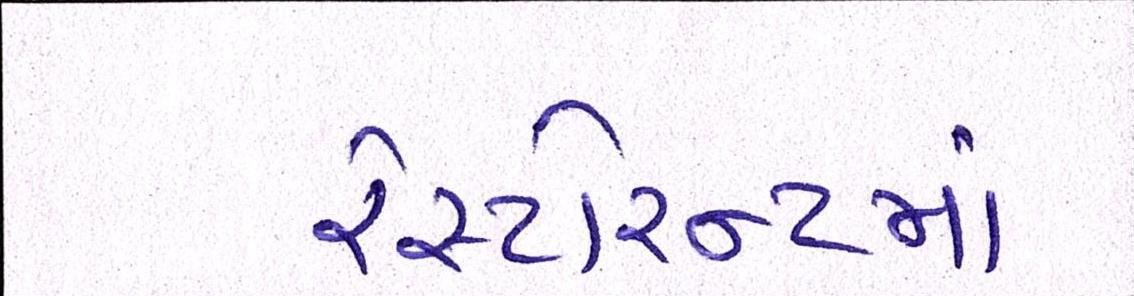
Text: રેસ્ટોરન્ટનાં